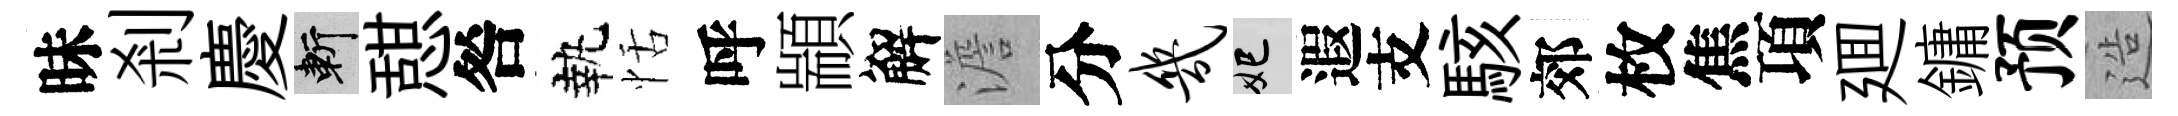
昧剎慶斬憇咎執恬呼顓解澹分几妃遐支駭郊枚焦項廽鏞预造